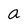
Character: a